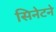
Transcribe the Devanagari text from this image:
सिनेटने